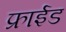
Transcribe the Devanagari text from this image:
फ्राईड